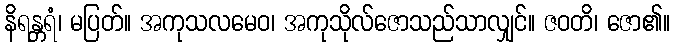
နိရန္တရံ၊ မပြတ်။ အကုသလမေဝ၊ အကုသိုလ်ဇောသည်သာလျှင်။ ဇဝတိ၊ ဇော၏။